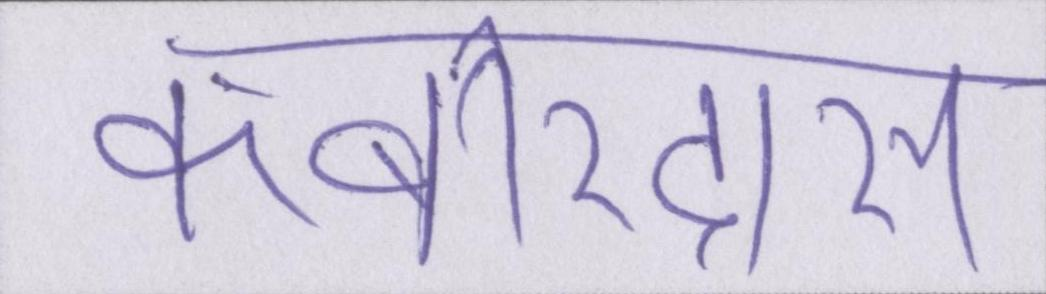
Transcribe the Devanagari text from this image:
कबीरदास